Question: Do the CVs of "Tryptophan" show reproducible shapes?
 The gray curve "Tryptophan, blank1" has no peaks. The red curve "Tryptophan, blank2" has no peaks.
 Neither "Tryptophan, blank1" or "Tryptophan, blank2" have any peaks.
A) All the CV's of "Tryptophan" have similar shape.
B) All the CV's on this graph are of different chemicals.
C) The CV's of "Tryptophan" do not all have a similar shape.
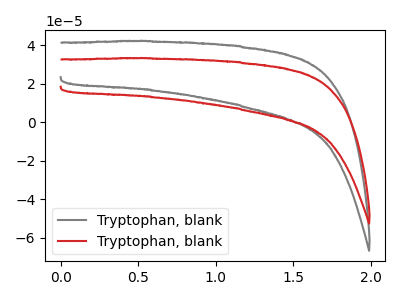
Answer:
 <answer>A) All the CV's of "Tryptophan" have similar shape.</answer>
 <eval>A</eval>